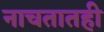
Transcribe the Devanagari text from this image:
नाचतातही